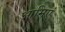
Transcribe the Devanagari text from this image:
आमिएं